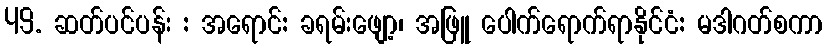
49. ဆတ်ပင်ပန်း : အရောင်: ခရမ်းဖျော့၊ အဖြူ ပေါက်ရောက်ရာနိုင်ငံ: မဒါဂတ်စကာ